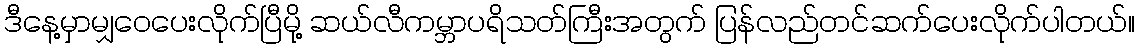
ဒီနေ့မှာမျှဝေပေးလိုက်ပြီမို့ ဆယ်လီကမ္ဘာပရိသတ်ကြီးအတွက် ပြန်လည်တင်ဆက်ပေးလိုက်ပါတယ်။